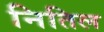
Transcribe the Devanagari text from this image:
नितिल